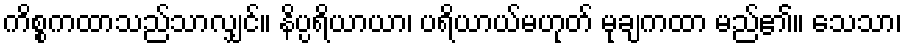
ကိစ္စကထာသည်သာလျှင်။ နိပ္ပရိယာယာ၊ ပရိယာယ်မဟုတ် မုချကထာ မည်၏။ သေသာ၊